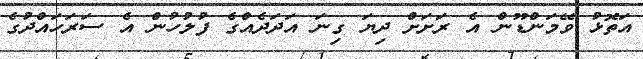
އަތޮޅު ވޭމަންޑޫން އެ ރަށަށް ދިޔަ ގިނަ އަދަދެއްގެ ފުލުހުން އެ ސަރަހައްދުގެ